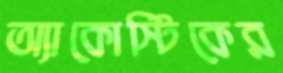
অ্যাকোস্টিকের